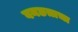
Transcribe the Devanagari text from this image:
वनछत्राचा